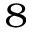
^ 8